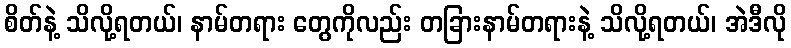
စိတ်နဲ့ သိလို့ရတယ်၊ နာမ်တရား တွေကိုလည်း တခြားနာမ်တရားနဲ့ သိလို့ရတယ်၊ အဲဒီလို